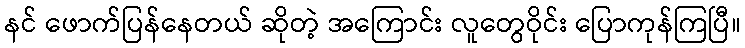
နင် ဖောက်ပြန်နေတယ် ဆိုတဲ့ အကြောင်း လူတွေဝိုင်း ပြောကုန်ကြပြီ။